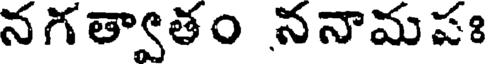
నగత్వాతం ననామపః